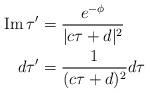
LaTeX: \begin{align*}\mathrm{Im}\,\tau'&=\frac{e^{-\phi}}{|c\tau+d|^2}\\d\tau'&=\frac{1}{(c\tau+d)^2}d\tau\end{align*}